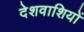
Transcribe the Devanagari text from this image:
देशवाशियों